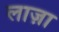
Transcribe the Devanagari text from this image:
लाज़ा